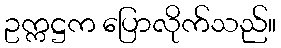
ဥက္ကဋ္ဌက ပြောလိုက်သည်။